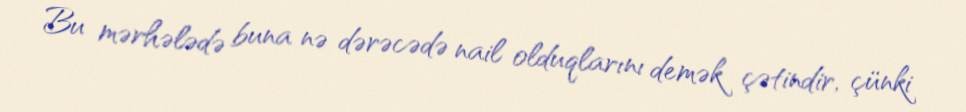
Bu mərhələdə buna nə dərəcədə nail olduqlarını demək çətindir, çünki